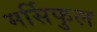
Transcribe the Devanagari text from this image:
मर्सिफुल